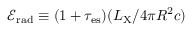
\mathcal { E } _ { \mathrm { r a d } } \equiv ( 1 + \tau _ { \mathrm { e s } } ) ( L _ { \mathrm { X } } / 4 \pi R ^ { 2 } c )